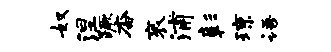
奴涅蹶杳衮浦彰琼语